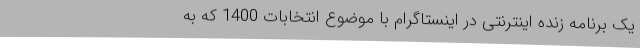
یک برنامه زنده اینترنتی در اینستاگرام با موضوع انتخابات 1400 که به